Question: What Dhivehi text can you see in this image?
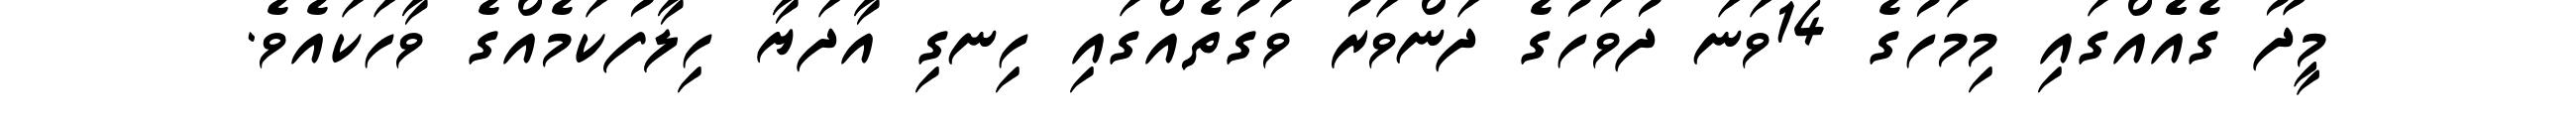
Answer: މީދޫ ގެއެެއްގައި މިމަހުގެ 14ވަނަ ދުވަހުގެ ދަންވަރު ވަގުތެއްގައި ހިނގި އާދަޔާ ހިލާފުކަމެއްގެ ވާހަކައެވެ.